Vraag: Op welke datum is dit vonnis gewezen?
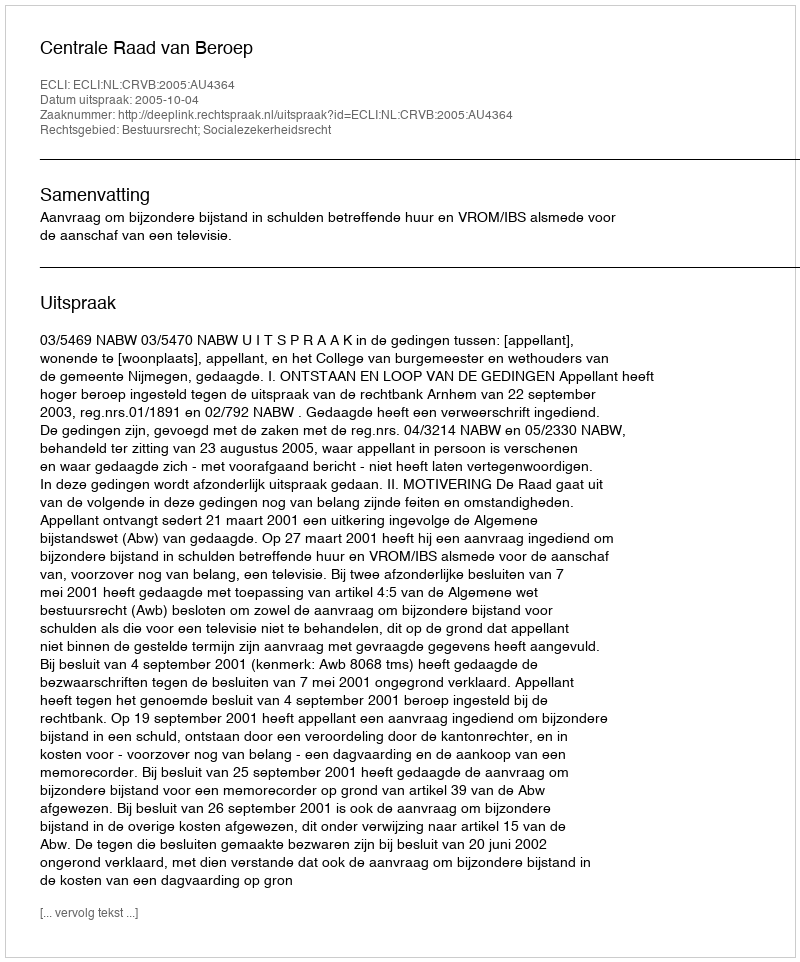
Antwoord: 2005-10-04